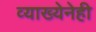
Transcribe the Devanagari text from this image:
व्याख्येनेही